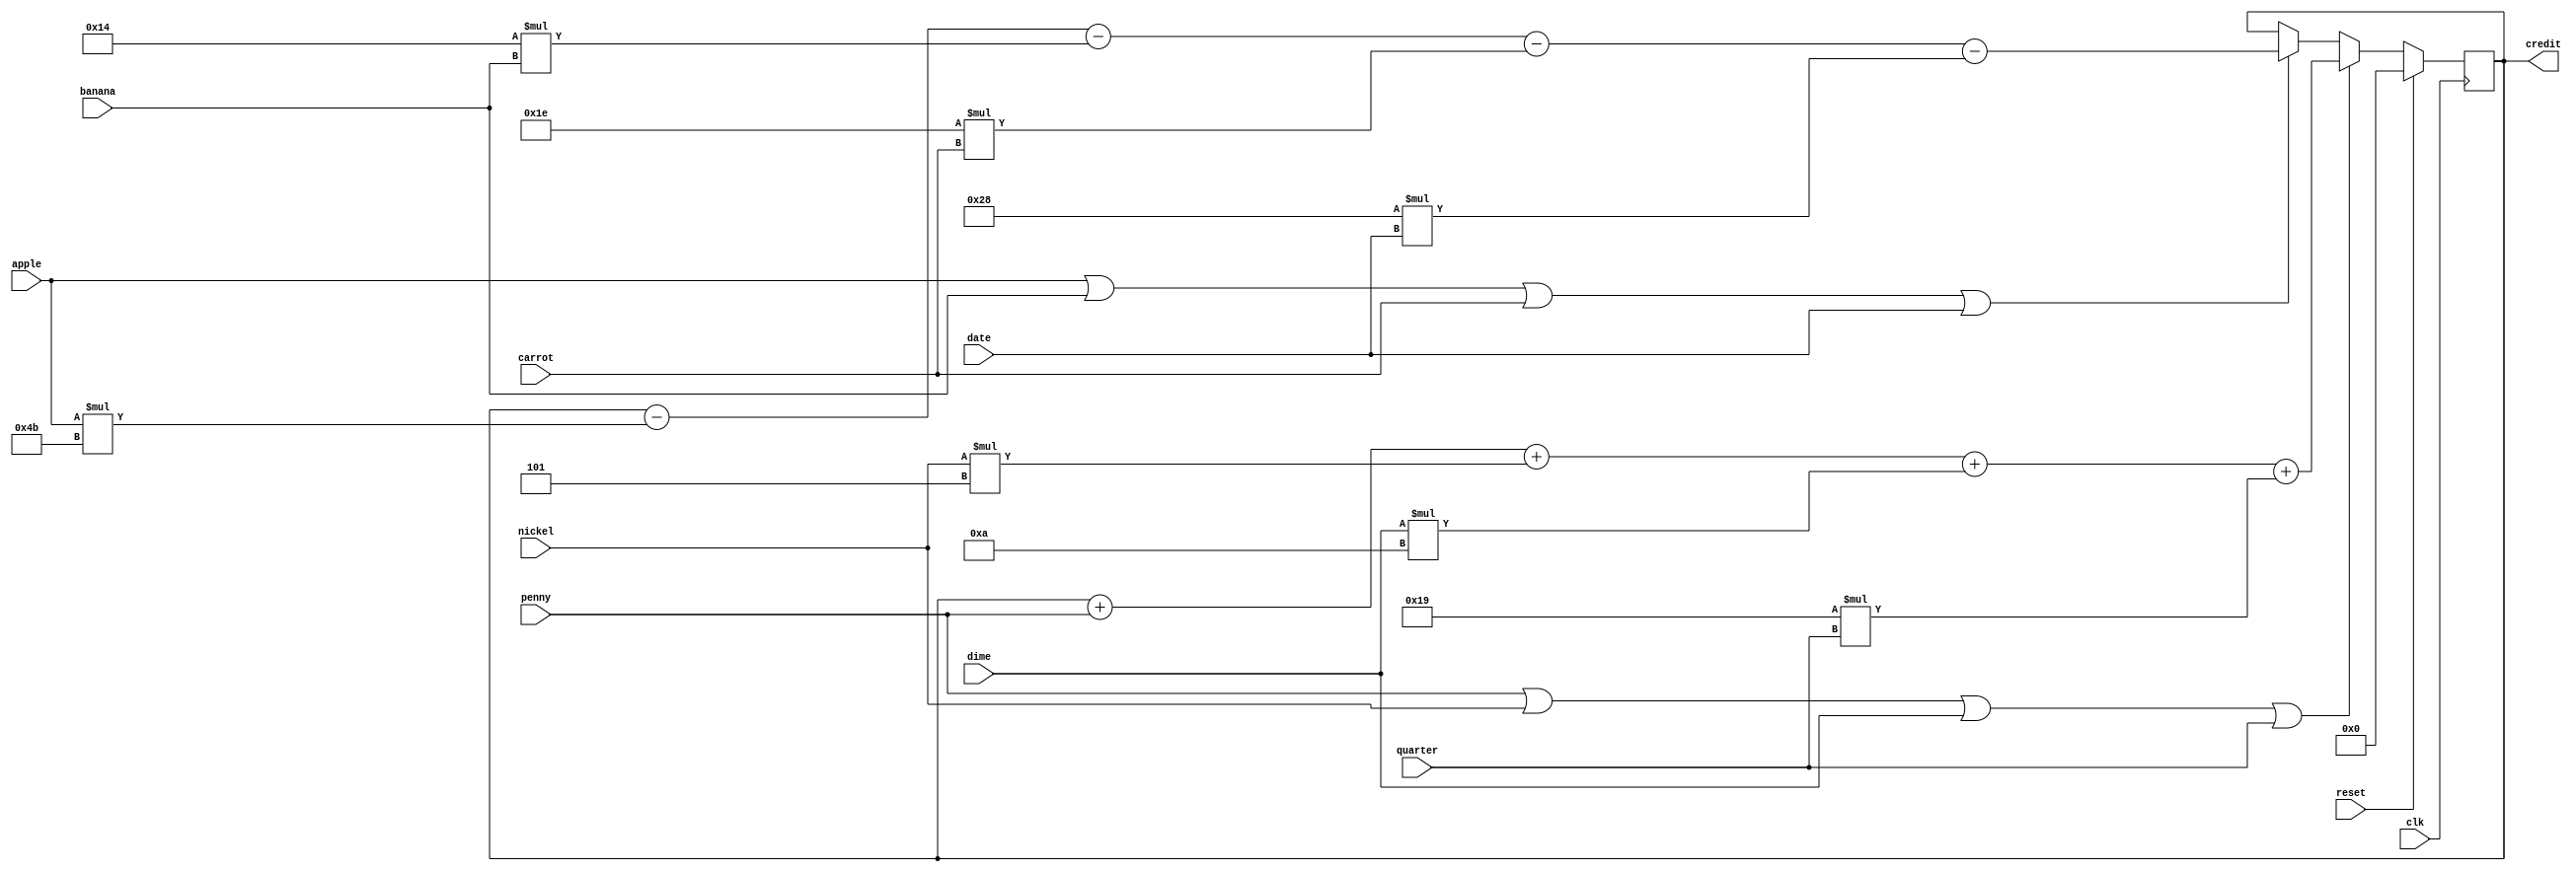
module piggyBank(clk, reset, penny, nickel, dime, quarter, apple, banana, carrot, date, credit);
input clk, reset; 
input penny, nickel, dime, quarter;
input apple, banana, carrot, date;
output reg [7:0] credit;
reg [7:0] tmp; //will change name of register

always@(posedge clk)
begin
	if(reset)
		tmp <= 8'b00000000;
	else if(penny || nickel || dime || quarter)
		tmp <= tmp + penny + (nickel * 5) + (dime * 10) + (25 * quarter);
	else if( apple || banana || carrot || date)
		tmp <= tmp - (apple * 75) - (20 * banana) - (30 * carrot) - (40 * date);
	end

always @* begin 	
credit = tmp;
end

endmodule